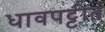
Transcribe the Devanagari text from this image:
धावपट्टीत